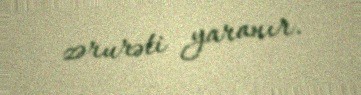
zərurəti yaranır.